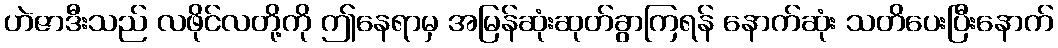
ဟဲဇာဒီးသည် လဖိုင်လတို့ကို ဤနေရာမှ အမြန်ဆုံးဆုတ်ခွာကြရန် နောက်ဆုံး သတိပေးပြီးနောက်